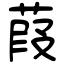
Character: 葭